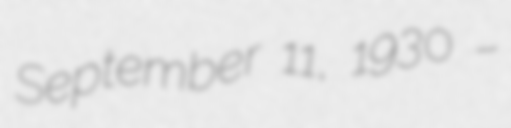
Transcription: September 11, 1930 –